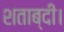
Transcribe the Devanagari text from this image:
शताब्दी।